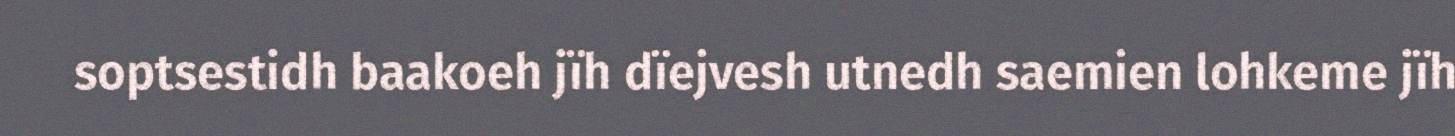
soptsestidh baakoeh jïh dïejvesh utnedh saemien lohkeme jïh